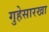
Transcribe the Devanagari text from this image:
गुहेसारखा